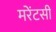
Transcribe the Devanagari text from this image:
मरेंटसी